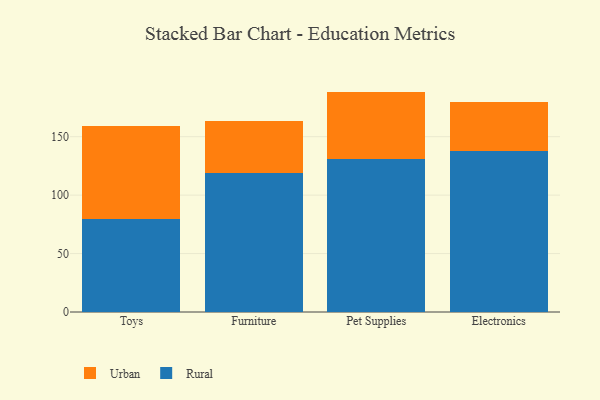
{"axis": {"x": "Category", "y": "Population (Million)"}, "legend": ["Rural", "Urban"], "data": [{"x": "Toys", "y": 79.8, "type": "Rural"}, {"x": "Toys", "y": 79.0, "type": "Urban"}, {"x": "Furniture", "y": 118.6, "type": "Rural"}, {"x": "Furniture", "y": 45.0, "type": "Urban"}, {"x": "Pet Supplies", "y": 130.8, "type": "Rural"}, {"x": "Pet Supplies", "y": 57.8, "type": "Urban"}, {"x": "Electronics", "y": 138.0, "type": "Rural"}, {"x": "Electronics", "y": 41.6, "type": "Urban"}]}